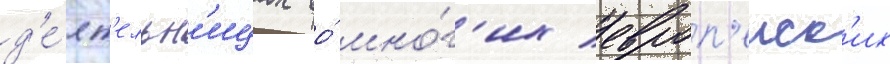
д'е́ят'ельн'ицах во́ мно́г'их европ'еиск'их